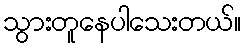
သွားတူနေပါသေးတယ်။